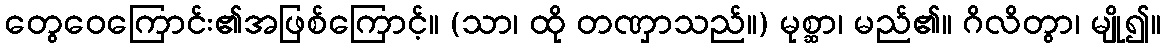
တွေဝေကြောင်း၏အဖြစ်ကြောင့်။ (သာ၊ ထို တဏှာသည်။) မုစ္ဆာ၊ မည်၏။ ဂိလိတွာ၊ မျို၍။